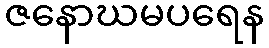
ဇနောဃမပရေန